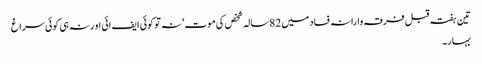
تین ہفتہ قبل فرقہ وارانہ فساد میں 82سالہ شخص کی موت‘ نہ تو کوئی ایف ائی او رنہ ہی کوئی سراغ
بہار۔